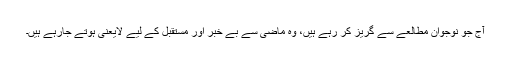
آج جو نوجوان مطالعے سے گریز کر رہے ہیں، وہ ماضی سے بے خبر اور مستقبل کے لیے لایعنی ہوتے جارہے ہیں۔